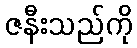
ဇနီးသည်ကို